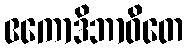
ဧကောဒိဘာဝိတေ